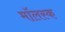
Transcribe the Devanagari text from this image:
मॉलस्क